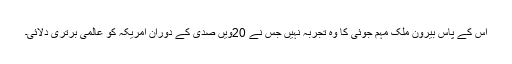
اس کے پاس بیرونِ ملک مہم جوئی کا وہ تجربہ نہیں جس نے 20ویں صدی کے دوران امریکہ کو عالمی برتری دلائی۔